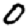
Digit: 0